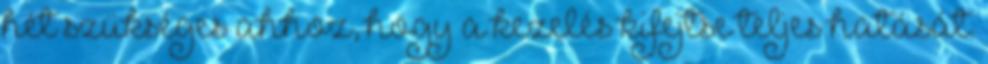
hét szükséges ahhoz, hogy a kezelés kifejtse teljes hatását.